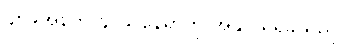
၄၈၉အနက် ၄၀၉ နေရာကို အနိုင် ရရှိခဲ့သည်။